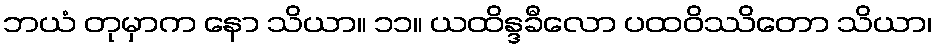
ဘယံ တုမှာက နော သိယာ။ ၁၁။ ယထိန္ဒခီလော ပထဝိဿိတော သိယာ၊